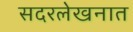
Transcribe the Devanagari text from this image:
सदरलेखनात